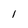
Character: I